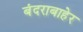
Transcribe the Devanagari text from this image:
बंदराबाहेर